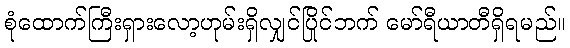
စုံထောက်ကြီးရှားလော့ဟုမ်းရှိလျှင်ပြိုင်ဘက် မော်ရီယာတီရှိရမည်။